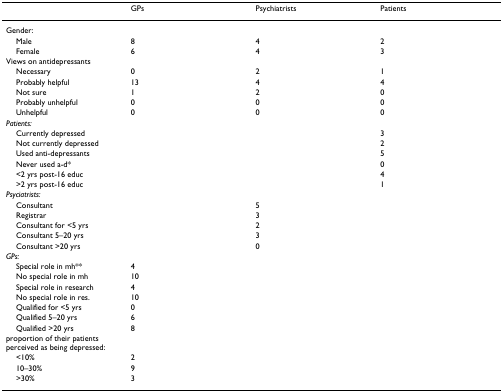
|  | GPs | Psychiatrists | Patients |
 | --- | --- | --- | --- |
 | Gender: |  |  |  |
 | Male | 8 | 4 | 2 |
 | Female | 6 | 4 | 3 |
 | Views on antidepressants |  |  |  |
 | Necessary | 0 | 2 | 1 |
 | Probably helpful | 13 | 4 | 4 |
 | Not sure | 1 | 2 | 0 |
 | Probably unhelpful | 0 | 0 | 0 |
 | Unhelpful | 0 | 0 | 0 |
 | Patients: |  |  |  |
 | Currently depressed |  |  | 3 |
 | Not currently depressed |  |  | 2 |
 | Used anti-depressants |  |  | 5 |
 | Never used a-d* |  |  | 0 |
 | <2 yrs post-16 educ |  |  | 4 |
 | >2 yrs post-16 educ |  |  | 1 |
 | Psyciatrists: |  |  |  |
 | Consultant |  | 5 |  |
 | Registrar |  | 3 |  |
 | Consultant for <5 yrs |  | 2 |  |
 | Consultant 5–20 yrs |  | 3 |  |
 | Consultant >20 yrs |  | 0 |  |
 | GPs: |  |  |  |
 | Special role in mh** | 4 |  |  |
 | No special role in mh | 10 |  |  |
 | Special role in research | 4 |  |  |
 | No special role in res. | 10 |  |  |
 | Qualified for <5 yrs | 0 |  |  |
 | Qualified 5–20 yrs | 6 |  |  |
 | Qualified >20 yrs | 8 |  |  |
 | proportion of their patients perceived as being depressed: |  |  |  |
 | <10% | 2 |  |  |
 | 10–30% | 9 |  |  |
 | >30% | 3 |  |  |